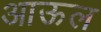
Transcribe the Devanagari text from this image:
आऊल